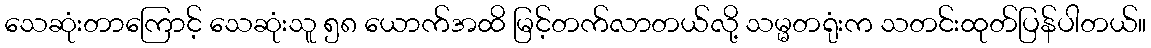
သေဆုံးတာကြောင့် သေဆုံးသူ ၅၈ ယောက်အထိ မြင့်တက်လာတယ်လို့ သမ္မတရုံးက သတင်းထုတ်ပြန်ပါတယ်။